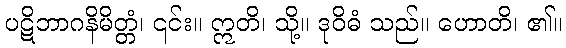
ပဋိဘာဂနိမိတ္တံ၊ ၎င်း။ ဣတိ၊ သို့။ ဒုဝိဓံ သည်။ ဟောတိ၊ ၏။